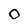
Character: 0